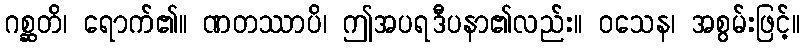
ဂစ္ဆတိ၊ ရောက်၏။ ဏတဿာပိ၊ ဤအပရဒီပနာ၏လည်း။ ဝသေန၊ အစွမ်းဖြင့်။